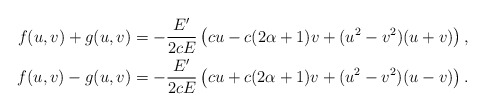
\begin{align*}f(u,v)+g(u,v)=-\frac{E^\prime}{2cE}\left(cu-c(2\alpha+1)v+(u^2-v^2)(u+v)\right),\\f(u,v)-g(u,v)=-\frac{E^\prime}{2cE}\left(cu+c(2\alpha+1)v+(u^2-v^2)(u-v)\right).\end{align*}